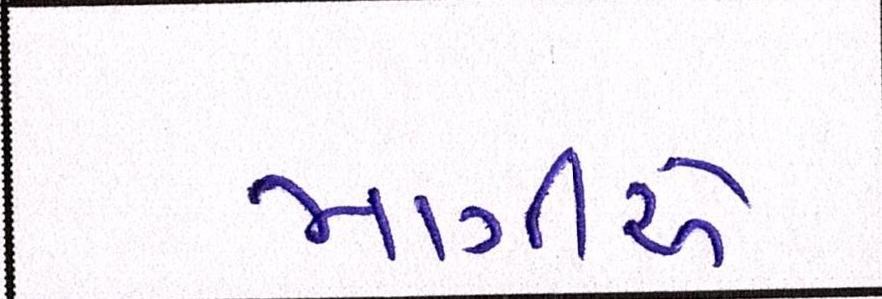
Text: માંગીએ